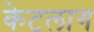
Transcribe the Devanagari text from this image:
केटलाग